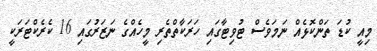
މިއީ ކުޑަ ތަންކޮޅެއް ނަމަވެސް ޓުވިޓާގައި ހަރަކާތްތެރި މީހެއްގެ ނަޒަރުގައި 16 ކެރެކްޓަރަކީ